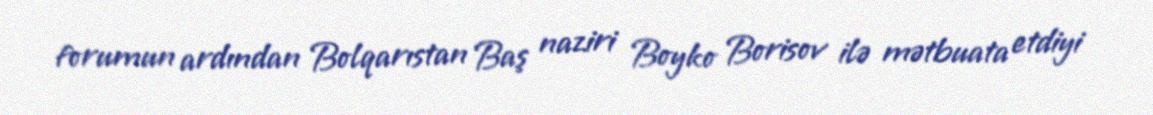
forumun ardından Bolqarıstan Baş naziri Boyko Borisov ilə mətbuata etdiyi